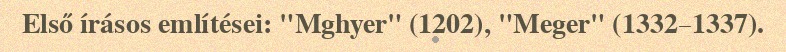
Első írásos említései: "Mghyer" (1202), "Meger" (1332–1337).